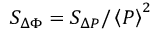
S _ { \Delta \Phi } = S _ { \Delta P } / \left< P \right> ^ { 2 }